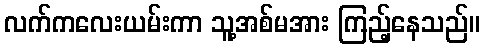
လက်ကလေးယမ်းကာ သူ့အစ်မအား ကြည့်နေသည်။